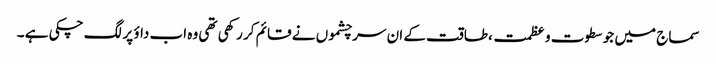
سماج میں جو سطوت و عظمت ،طاقت کے ان سرچشموں نے قائم کر رکھی تھی وہ اب داؤ پر لگ چکی ہے ۔